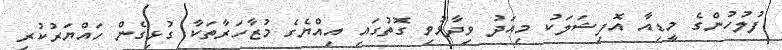
ފުލުހުންގެ މީޑިއާ އޮފިޝަލަކު މިއަދު ވިދާޅުވި ގޮތުގައި އިއްޔެގެ މުޒާހަރާތަކާ ގުޅިގެން ހައްޔަރުކުރި